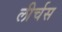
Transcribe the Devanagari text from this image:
लीर्चस